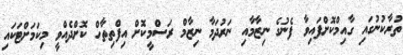
ތުރާކުނުގައި ގާއިމްކޮށްފައިވާ ފެނުގެ ނިޒާމާއި ނަރުދަމާ ނިޒާމް ރަސްމީކޮށް އިފްތިތާހް ކޮށްދެއްވީ މިކަމަށްޓަކައި